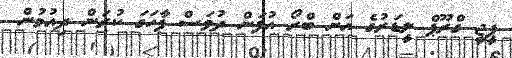
ޕީޖީ ގްރޫޕް ލީޑަރުގެ އަށް ބްރޯ އުފަން ދުވަސް ފާހަގަ ކުރަން ދިއުމުން